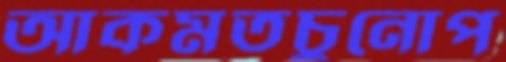
আকমতচুনোপ